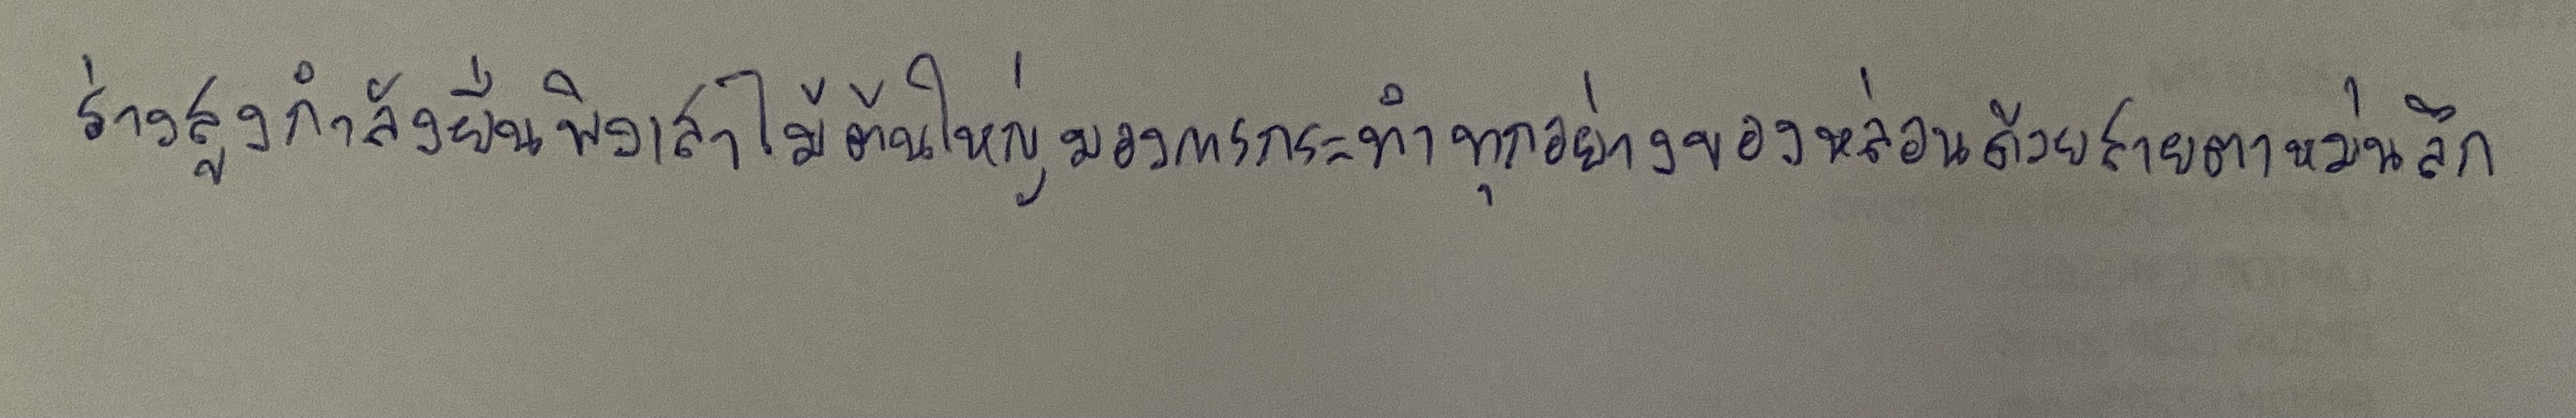
ร่างสูงกำลังยืนพิงเสาไม้ต้นใหญ่มองการกระทำทุกอย่างของหล่อนด้วยสายตาหม่นลึก